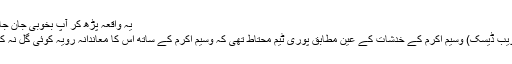
یہ واقعہ پڑھ کر آپ بخوبی جان جائیں گے
لاہور (ویب ڈیسک) وسیم اکرم کے خدشات کے عین مطابق پوری ٹیم محتاط تھی کہ وسیم اکرم کے ساتھ اس کا معاندانہ رویہ کوئی گل نہ کھلا دے۔